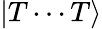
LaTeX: |T\cdots T\rangle